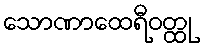
သောဏာထေရီဝတ္ထု